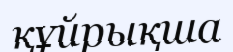
құйрықша